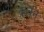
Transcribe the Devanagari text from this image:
क्रेवन